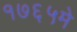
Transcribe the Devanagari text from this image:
१७६५मे